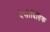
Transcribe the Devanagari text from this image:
दैसीदितिक